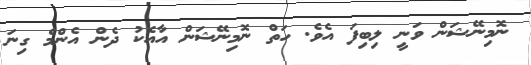
ނޮމިނޭޝަން ވަނީ ލިބިފަ އެވެ. ހަތް ނޮމިނޭޝަން އާއެކު ދެން އެންމެ ގިނަ